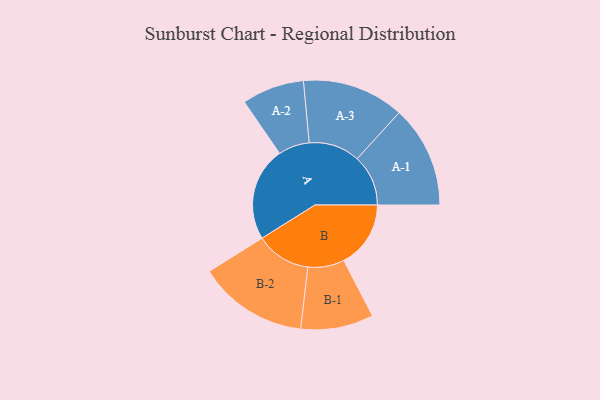
{"axis": {"x": "Segment", "y": "Value"}, "legend": ["", "A", "B"], "data": [{"x": "A", "y": 430, "type": ""}, {"x": "B", "y": 307, "type": ""}, {"x": "A-1", "y": 234, "type": "A"}, {"x": "A-2", "y": 143, "type": "A"}, {"x": "A-3", "y": 234, "type": "A"}, {"x": "B-1", "y": 167, "type": "B"}, {"x": "B-2", "y": 252, "type": "B"}]}